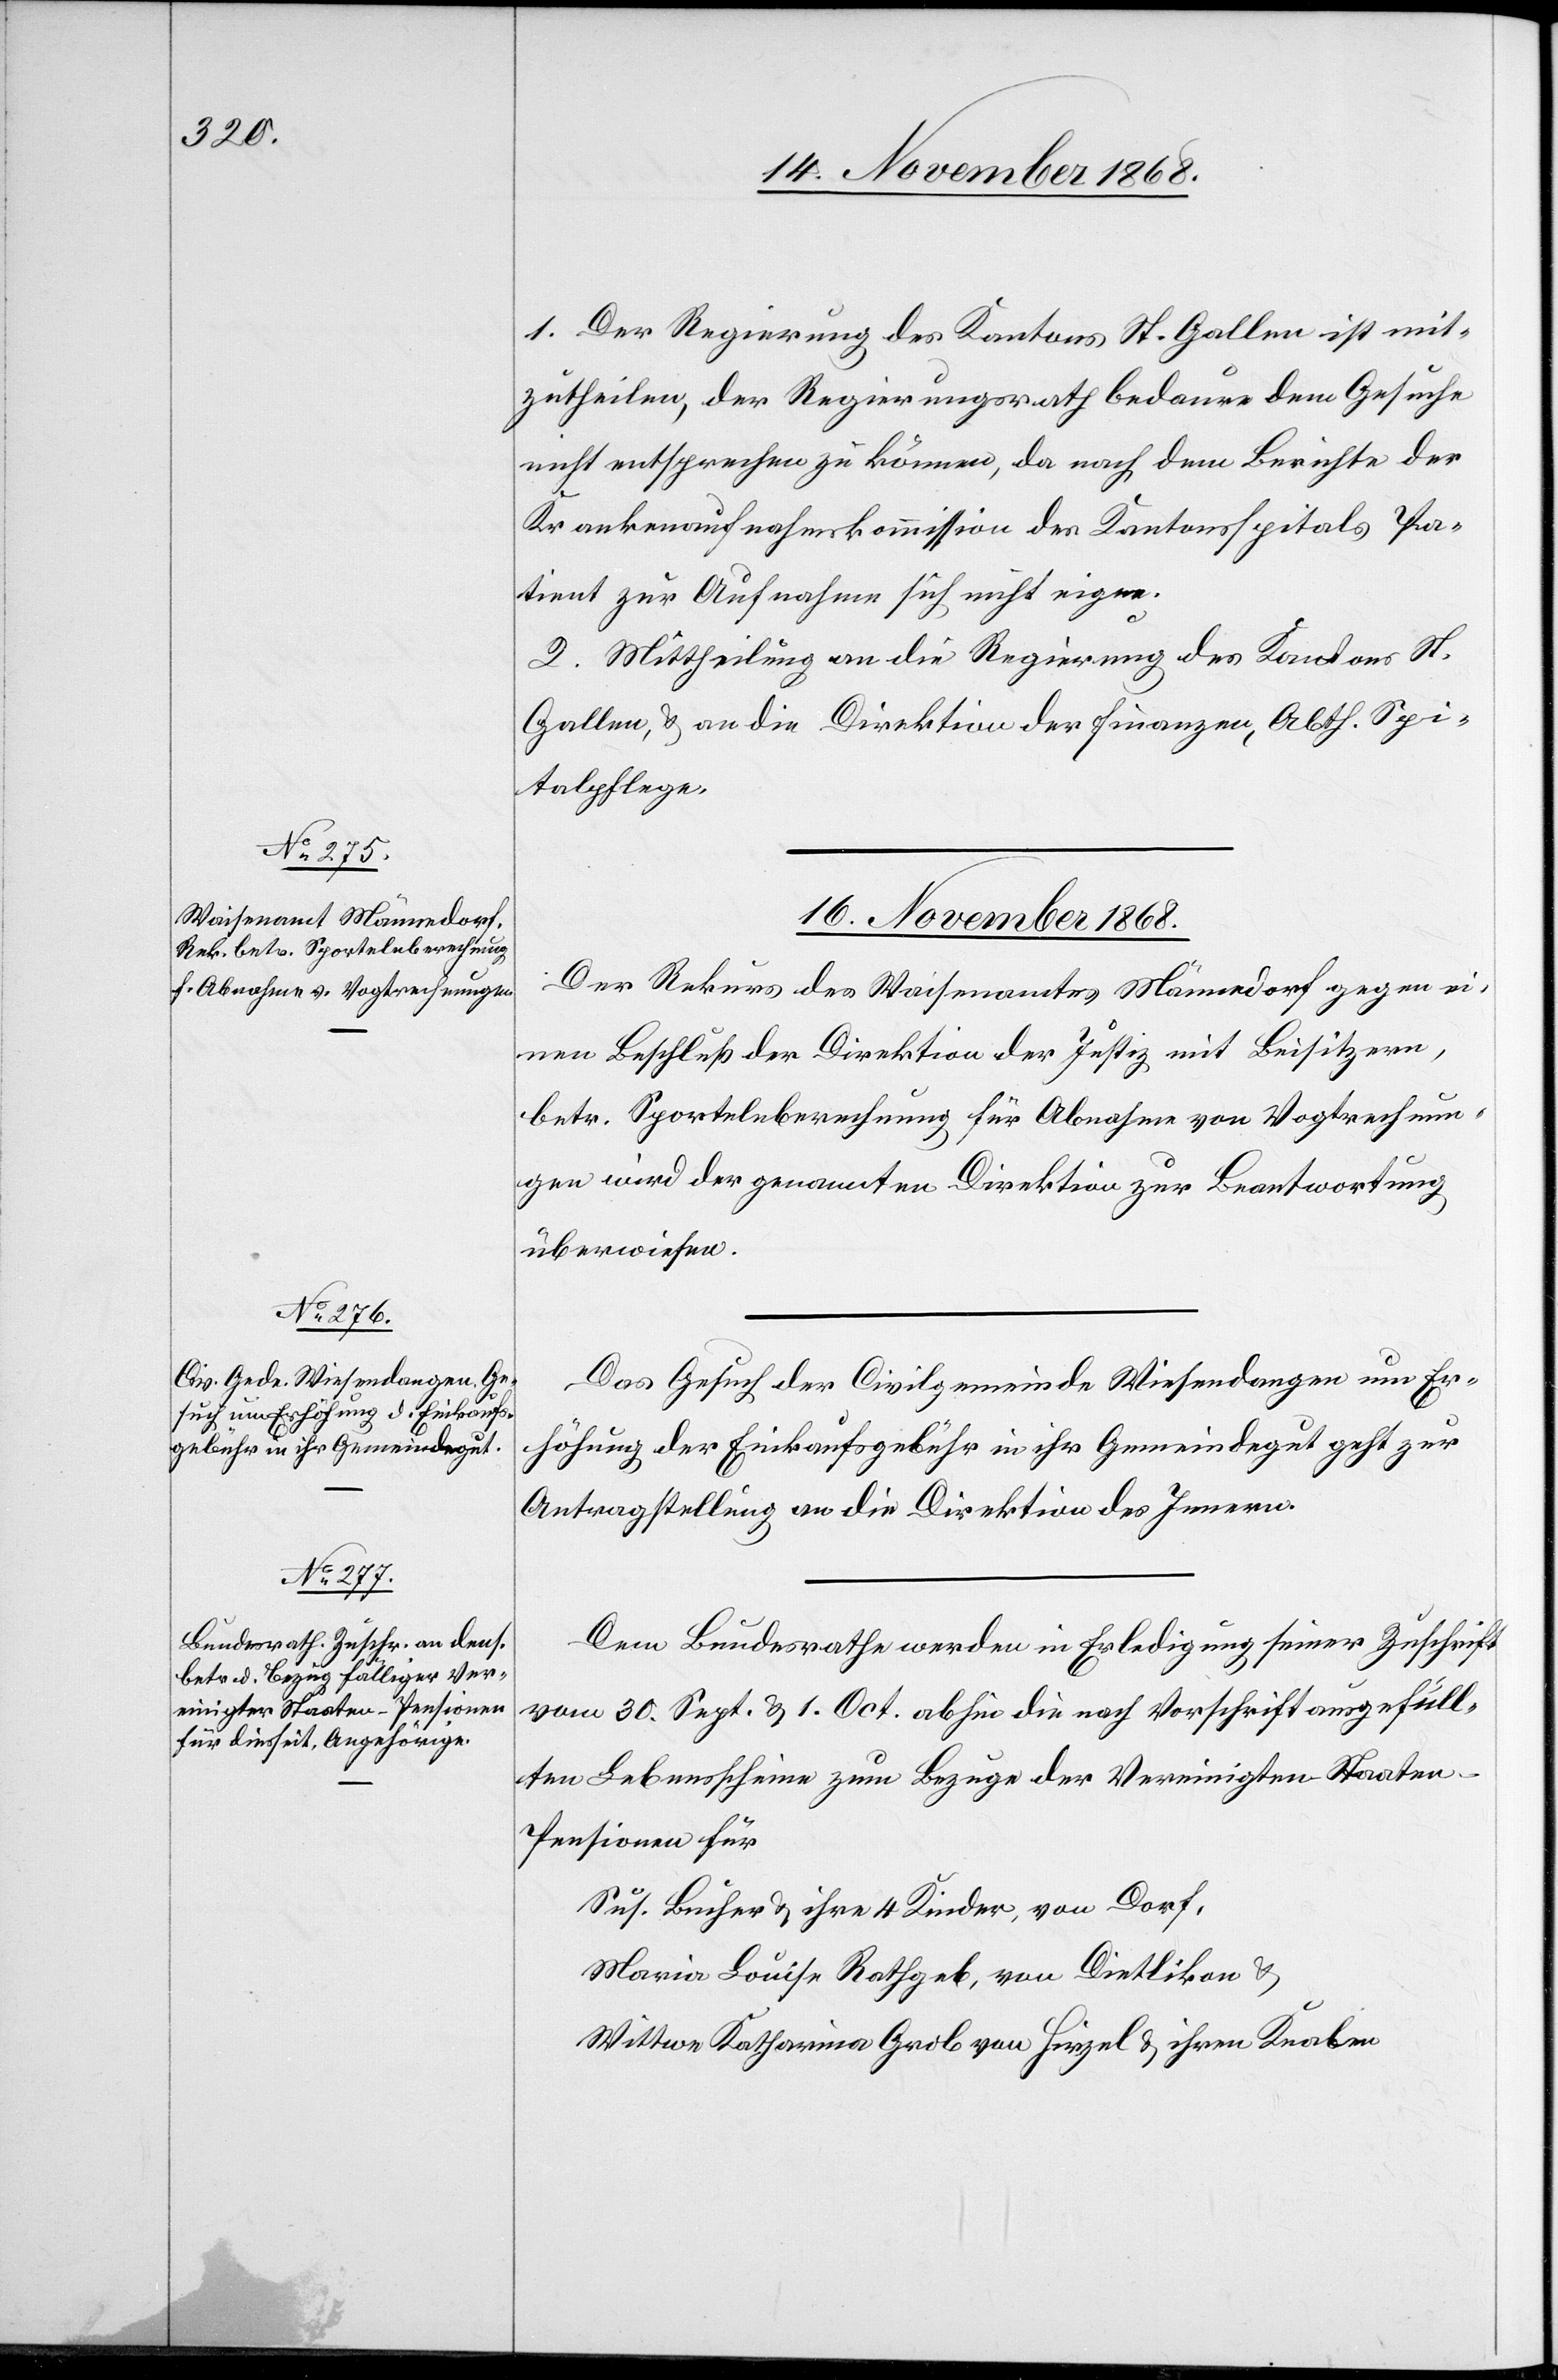
16. November 1868.]
1. Der Regierung des Kantons St. Gallen ist mit¬
zutheilen, der Regierungsrath bedaure dem Gesuche
nicht entsprechen zu können, da nach dem Berichte der
Krankenaufnahmskommission des Kantonsspitals Pa¬
tient zur Aufnahme sich nicht eigne.
2. Mittheilung an die Regierung des Kantons St.
Gallen, & an die Direktion der Finanzen, Abth. Spi¬
talpflege.
16. November 1868.
Der Rekurs des Waisenamtes Männedorf gegen ei¬
nen Beschluß der Direktion der Justiz mit Beisitzern,
betr. Sportelnberechnung für Abnahme von Vogtrechnun¬
gen wird der genannten Direktion zur Beantwortung
überwiesen.
Das Gesuch der Civilgemeinde Wiesendangen um Er¬
höhung der Einkaufsgebühr in ihr Gemeindegut geht zur
Antragstellung an die Direktion des Innern.
Dem Bundesrathe werden in Erledigung seiner Zuschrift
vom 30. Sept. & 1. Oct. abhin die nach Vorschrift ausgefüll¬
ten Lebensscheine zum Bezuge der Vereinigten-Staate¬
n-Pensionen für
Sus. Bucher & ihre 4 Kinder, von Dorf,
Maria Louise Rathgeb, von Dietlikon &
Wittwe Katharina Grob von Hirzel & ihren Knaben